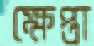
ক্ষেপ্তা